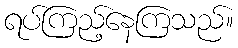
ရပ်ကြည့်နေကြသည်။